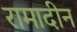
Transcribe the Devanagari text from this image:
रामादीन